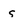
Character: s